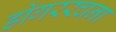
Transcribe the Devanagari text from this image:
डोंगररचना